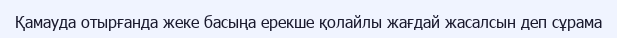
Қамауда отырғанда жеке басыңа ерекше қолайлы жағдай жасалсын деп сұрама